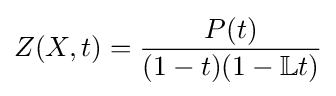
Z(X,t)={\frac {P(t)}{(1-t)(1-{\mathbb {L} }t)}}